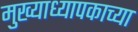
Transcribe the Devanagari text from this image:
मुख्याध्यापकाच्या